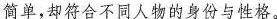
简单，却符合不同人物的身份与性格。